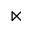
\ltimes